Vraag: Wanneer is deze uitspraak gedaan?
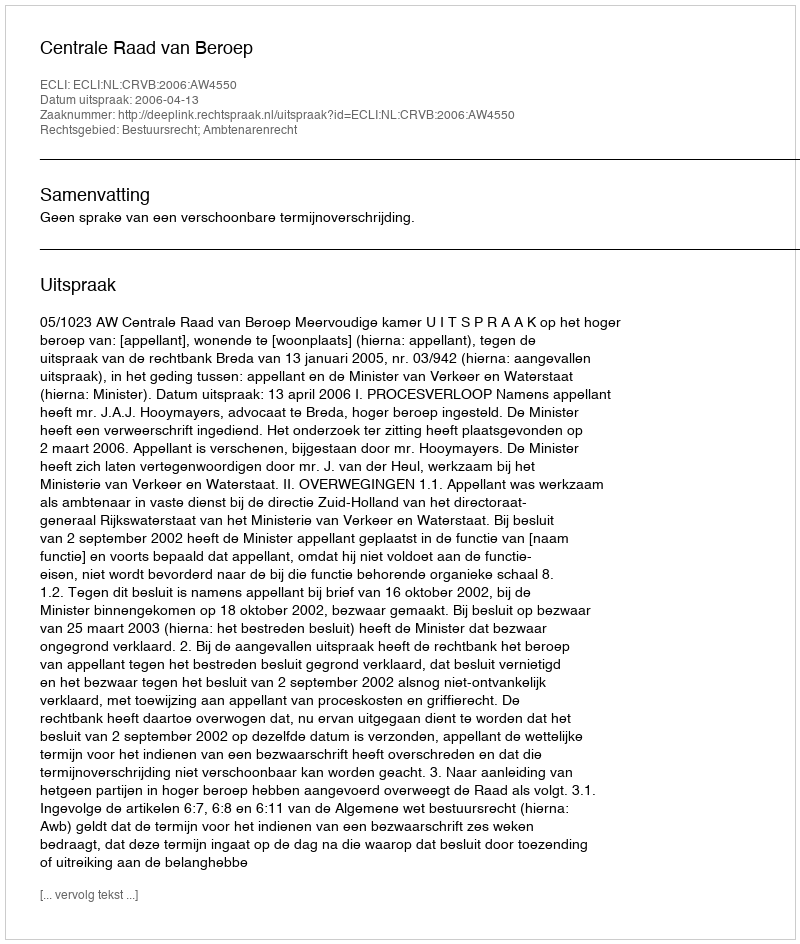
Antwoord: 2006-04-13